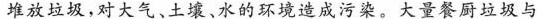
堆放垃圾，对大气。土堆，水的环滤造成污染。大量餐厨垃圾与